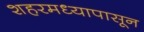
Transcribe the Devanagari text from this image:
शहरमध्यापासून